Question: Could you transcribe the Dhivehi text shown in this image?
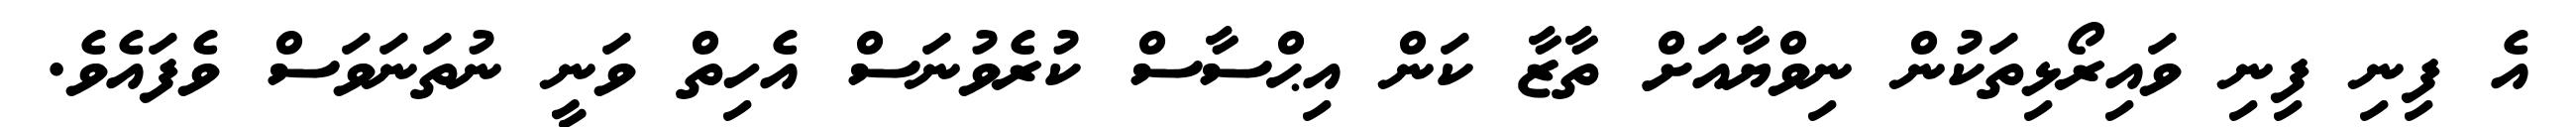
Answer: އެ ފިނި ފިނި ވައިރޯޅިތަކުން ނިވްޔާއަށް ތާޒާ ކަން އިޙްސާސް ކުރެވުނަސް އެހިތް ވަނީ ނުތަނަވަސް ވެފައެވެ.